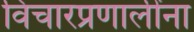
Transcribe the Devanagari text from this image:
विचारप्रणालींना